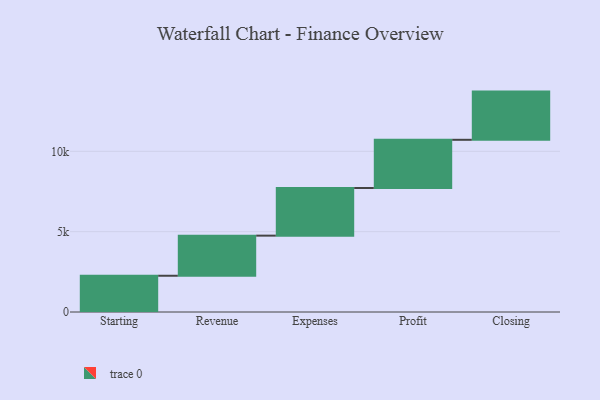
{"axis": {"x": "Step", "y": "Value"}, "legend": [""], "data": [{"x": "Starting", "y": 2256.0, "type": ""}, {"x": "Revenue", "y": 2497.0, "type": ""}, {"x": "Expenses", "y": 2965.0, "type": ""}, {"x": "Profit", "y": 3000, "type": ""}, {"x": "Closing", "y": 3000, "type": ""}]}